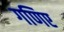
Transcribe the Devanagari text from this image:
गणिए